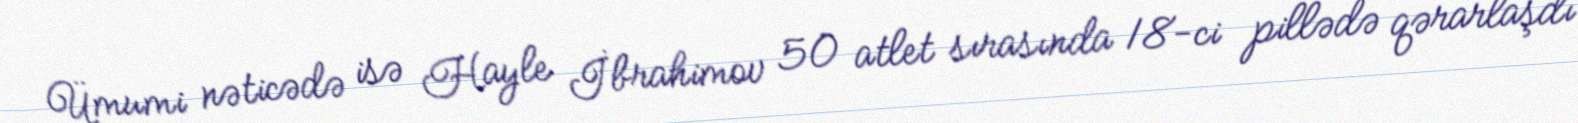
Ümumi nəticədə isə Hayle İbrahimov 50 atlet sırasında 18-ci pillədə qərarlaşdı